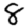
Digit: 8